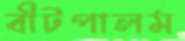
বীটপালম